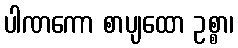
ပါဏကော စာပျထော ဥစ္စာ၊